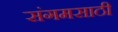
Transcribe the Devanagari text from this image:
संगमसाठी